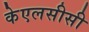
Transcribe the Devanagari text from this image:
केएलसीसी